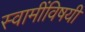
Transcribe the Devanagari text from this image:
स्वामींविषयी